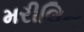
મરીલિન